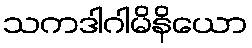
သကဒါဂါမိနိယော